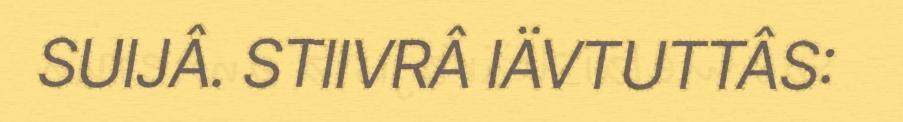
SUIJÂ. STIIVRÂ IÄVTUTTÂS: